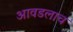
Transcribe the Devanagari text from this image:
आवडलाच